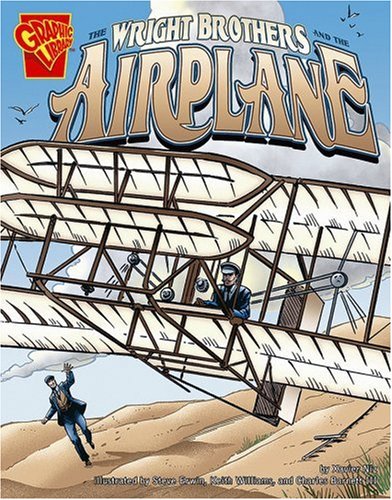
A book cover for The Wright Brothers and the Airplane (Inventions and Discovery); Xavier W. Niz; Children's Books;